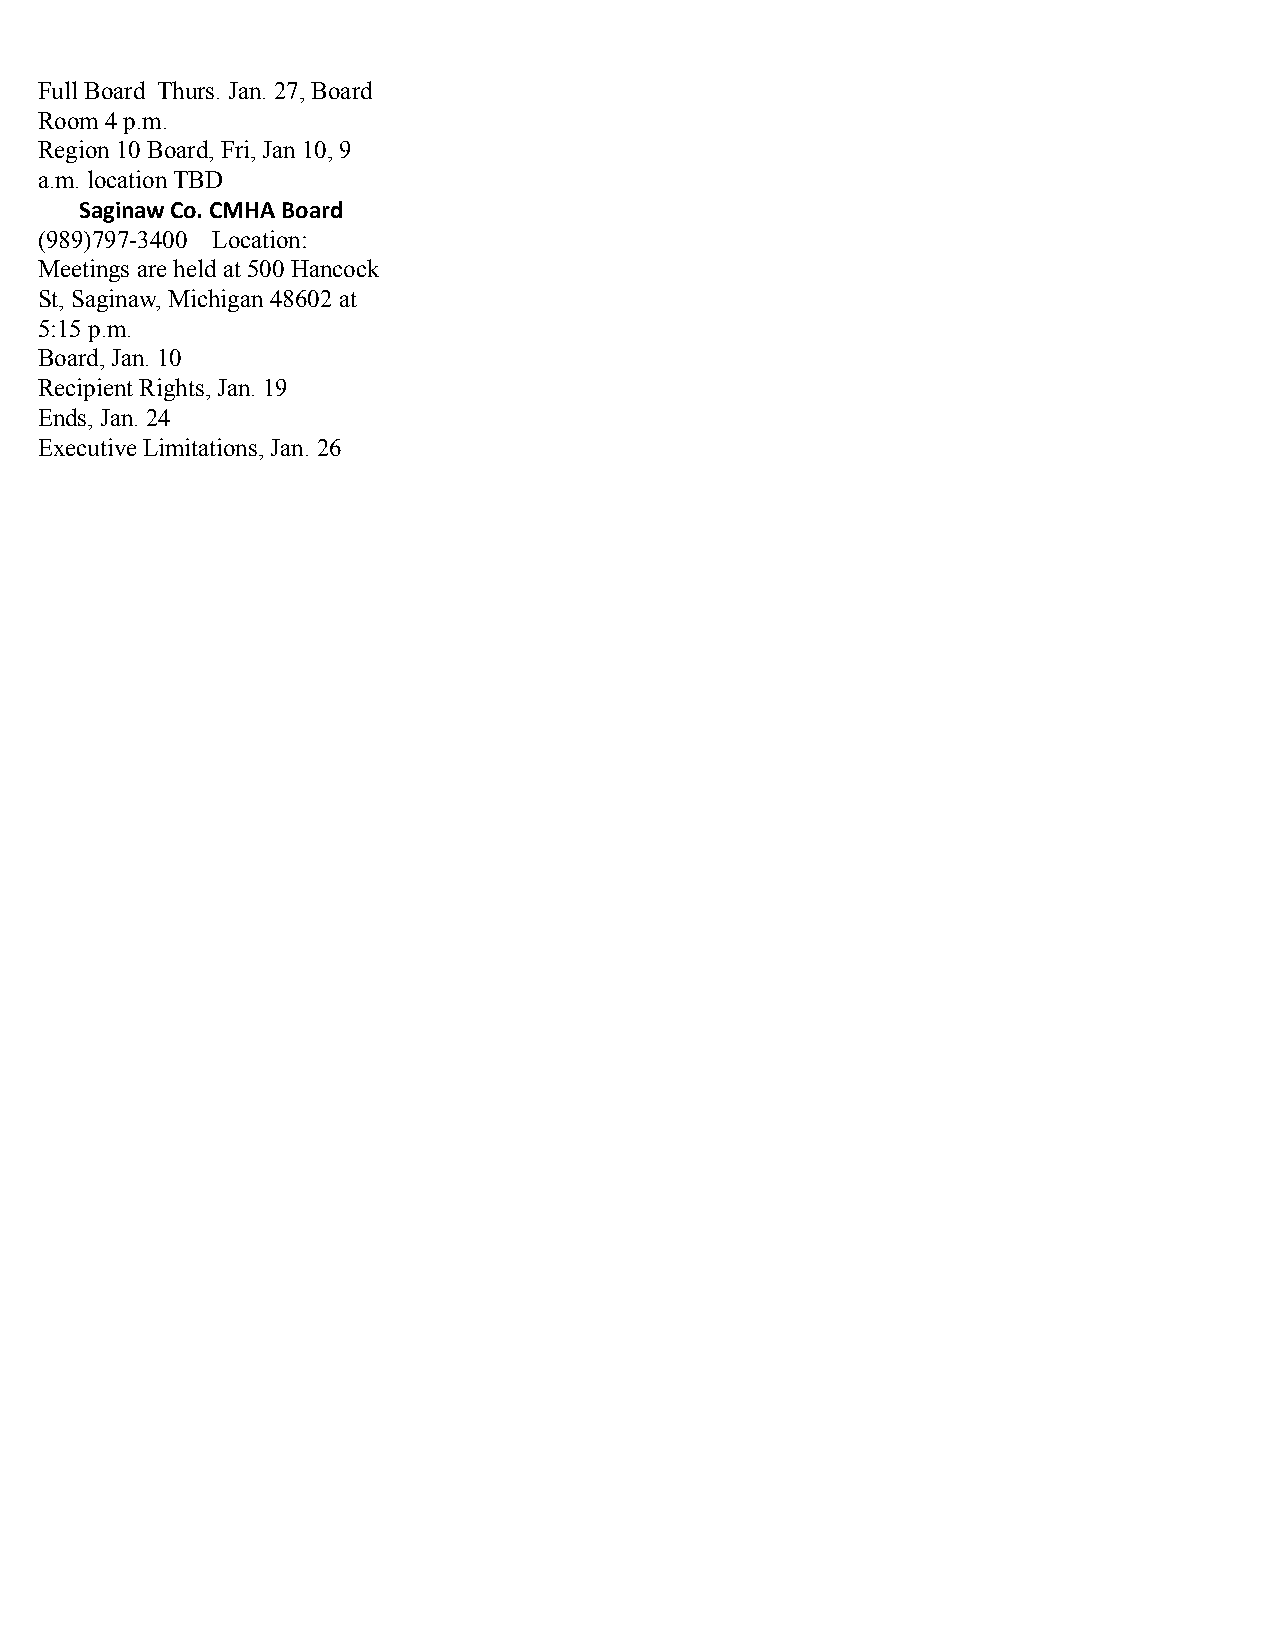
Full Board Thurs. Jan. 27, Board
 Room 4 p.m.
 Region 10 Board, Fri, Jan 10, 9
 a.m. location TBD
 Saginaw Co. CMHA Board
 (989)797-3400 Location:
 Meetings are held at 500 Hancock
 St, Saginaw, Michigan 48602 at
 5:15 p.m.
 Board, Jan. 10
 Recipient Rights, Jan. 19
 Ends, Jan. 24
 Executive Limitations, Jan. 26